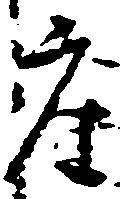
座